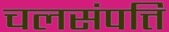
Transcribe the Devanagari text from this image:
चलसंपत्ति